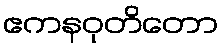
ဧကနဝုတိတော